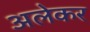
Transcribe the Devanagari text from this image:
अलेकर